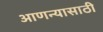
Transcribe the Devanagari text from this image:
आणन्यासाठी